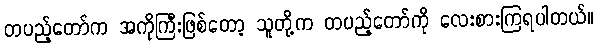
တပည့်တော်က အကိုကြီးဖြစ်တော့ သူတို့က တပည့်တော်ကို လေးစားကြရပါတယ်။